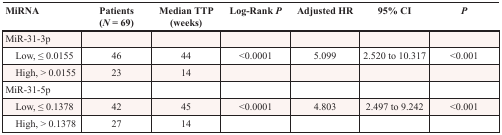
| MiRNA | Patients (N = 69) | Median TTP (weeks) | Log-Rank P | Adjusted HR | 95% CI | P |
 | --- | --- | --- | --- | --- | --- | --- |
 | MiR-31-3p |  |  |  |  |  |  |
 | Low, ≤ 0.0155 | 46 | 44 | <0.0001 | 5.099 | 2.520 to 10.317 | <0.001 |
 | High, > 0.0155 | 23 | 14 |  |  |  |  |
 | MiR-31-5p |  |  |  |  |  |  |
 | Low, ≤ 0.1378 | 42 | 45 | <0.0001 | 4.803 | 2.497 to 9.242 | <0.001 |
 | High, > 0.1378 | 27 | 14 |  |  |  |  |